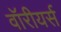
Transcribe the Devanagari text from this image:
वॉरीयर्स